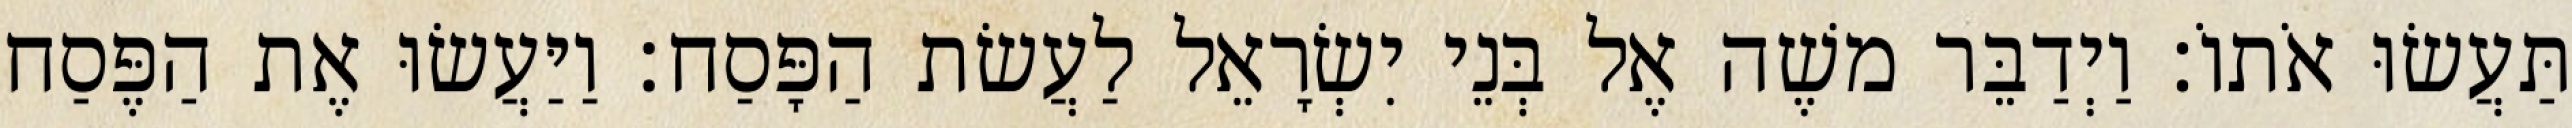
תַּעֲשׂוּ אֹתוֹ׃ וַיְדַבֵּר משֶׁה אֶל בְּנֵי יִשְׂרָאֵל לַעֲשׂת הַפָּסַח׃ וַיַּעֲשׂוּ אֶת הַפֶּסַח